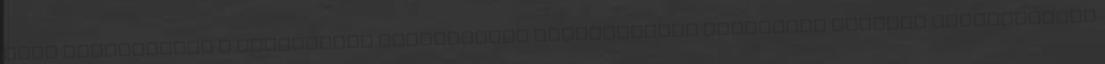
MAJD ALKALMAZZÁK A TANÍTÁSBAN KOMPETENCIA BIZONYÍTVÁNY PEDAGÓGUS KÉPZÉSI AKKREDITÁCIÓ